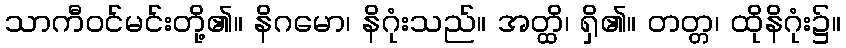
သာကီဝင်မင်းတို့၏။ နိဂမော၊ နိဂုံးသည်။ အတ္ထိ၊ ရှိ၏။ တတ္တ၊ ထိုနိဂုံး၌။